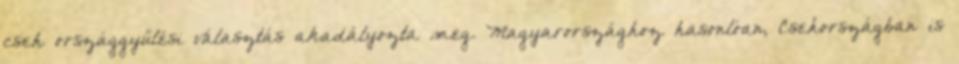
cseh országgyűlési választás akadályozta meg. Magyarországhoz hasonlóan, Csehországban is